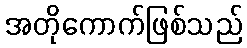
အတိုကောက်ဖြစ်သည်